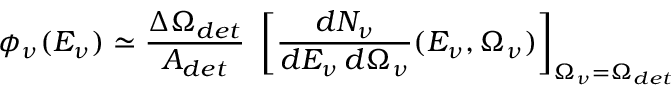
\phi _ { \nu } ( E _ { \nu } ) \simeq { \frac { \Delta \Omega _ { d e t } } { A _ { d e t } } } ~ \left[ { \frac { d N _ { \nu } } { d E _ { \nu } \, d \Omega _ { \nu } } } ( E _ { \nu } , \Omega _ { \nu } ) \right] _ { \Omega _ { \nu } = \Omega _ { d e t } }